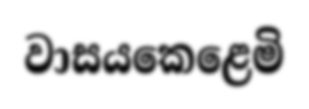
වාසයකෙළෙමි